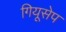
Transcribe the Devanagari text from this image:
गियूसेप